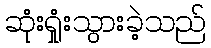
ဆုံးရှုံးသွားခဲ့သည်